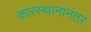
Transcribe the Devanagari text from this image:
कारस्थानानंतर